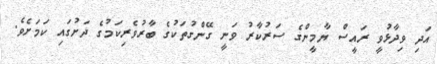
އަދި ވިދާޅުވީ ރައީސް ޔާމީންގެ ސަރުކާރު ވަނީ ގޭންގުތަކުގެ ބާރުވެރިކަމުގެ ދަށުގައި ކަމަށެވެ.